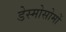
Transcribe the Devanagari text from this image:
डेस्मोसोमों